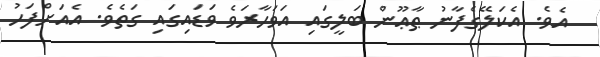
އެވެ. އެކަލޭގެފާނު ޠާޢޫން ބަލީގައި އަވަހާރަވެ ވަޑައިގައި ގަތެވެ. އެއަށްފަހު